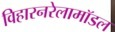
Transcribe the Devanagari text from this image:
विहारनरेलामॉडल